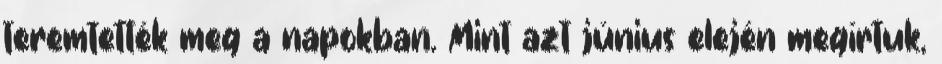
teremtették meg a napokban. Mint azt június elején megírtuk,